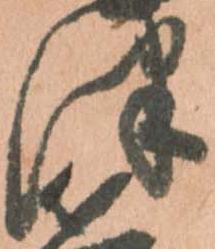
津